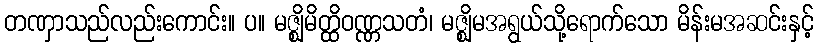
တဏှာသည်လည်းကောင်း။ ပ။ မဇ္ဈိမိတ္ထိဝဏ္ဏသတံ၊ မဇ္ဈိမအရွယ်သို့ရောက်သော မိန်းမအဆင်းနှင့်